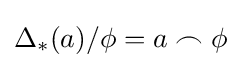
\Delta _{*}(a)/\phi =a\frown \phi